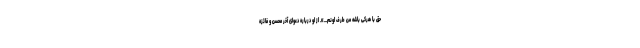
حق با هرکی باشه من طرف اونم...». از او درباره دعوای آخر محسن و فائزه